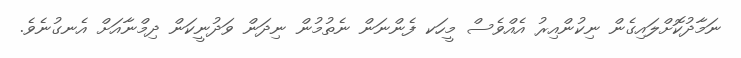
ނަމާދުކޮށްލައިގެން ނިކުންއިރު އެއްވެސް މީހަކ ފެންނަން ނެތުމުން ނިދަން ވަދުނީކަން ދިމްނާއަށް އެނގުނެވެ.